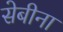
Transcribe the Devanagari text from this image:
सेबीना